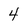
Character: 4